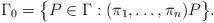
\begin{gather*}\Gamma_0=\bigl\{P\in\Gamma:(\pi_1,\ldots,\pi_n)P\bigr\}.\end{gather*}